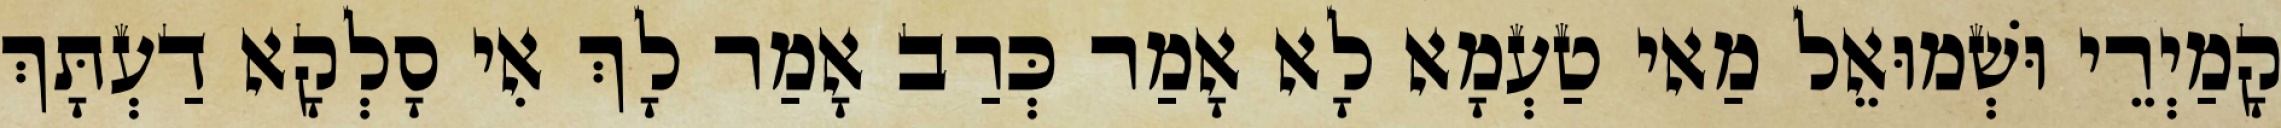
קָמַיְרֵי וּשְׁמוּאֵל מַאי טַעְמָא לָא אָמַר כְּרַב אָמַר לָךְ אִי סָלְקָא דַעְתָּךְ